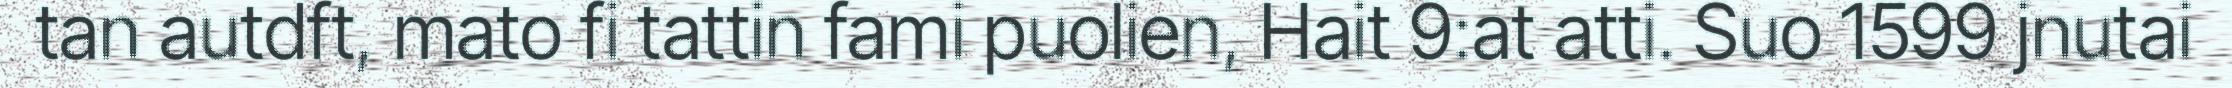
tan autdft, mato fi tattin fami puolien, Hait 9:at atti. Suo 1599 jnutai